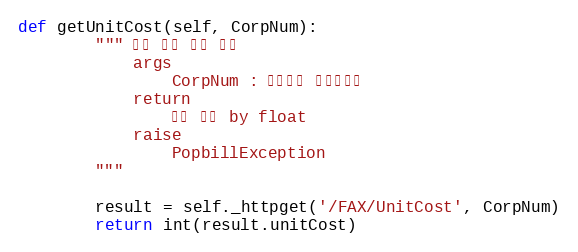
Language: Python
def getUnitCost(self, CorpNum):
        """ 팩스 전송 단가 확인
            args
                CorpNum : 팝빌회원 사업자번호
            return
                전송 단가 by float
            raise
                PopbillException
        """

        result = self._httpget('/FAX/UnitCost', CorpNum)
        return int(result.unitCost)